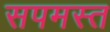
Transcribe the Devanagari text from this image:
सपमस्त